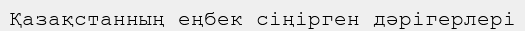
Қазақстанның еңбек сіңірген дәрігерлері